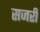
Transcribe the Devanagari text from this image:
सजर्री